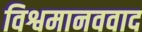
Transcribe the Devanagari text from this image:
विश्वमानववाद